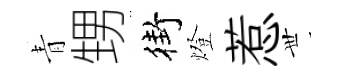
青甥街燈惹𠀍